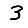
Digit: 3